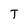
Character: T